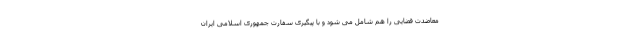
معاضدت قضایی را هم شامل می شود و با پیگیری سفارت جمهوری اسلامی ایران